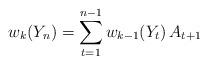
LaTeX: \begin{align*} w_k(Y_n)=\sum_{t=1}^{n-1}w_{k-1}(Y_t)\,A_{t+1} \end{align*}